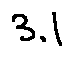
3 . 1